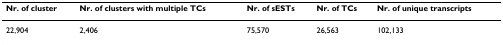
<table><thead><tr><td><b>Nr. of cluster</b></td><td><b>Nr. of clusters with multiple TCs</b></td><td><b>Nr. of sESTs</b></td><td><b>Nr. of TCs</b></td><td><b>Nr. of unique transcripts</b></td></tr></thead><tbody><tr><td>22,904</td><td>2,406</td><td>75,570</td><td>26,563</td><td>102,133</td></tr></tbody></table>